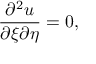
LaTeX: { \frac { \partial ^ { 2 } u } { \partial \xi \partial \eta } } = 0 ,